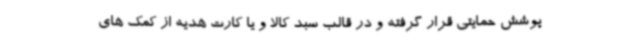
پوشش حمایتی قرار گرفته و در قالب سبد کالا و یا کارت هدیه از کمک های